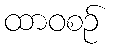
ထာဝစဉ်